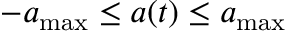
- a _ { \mathrm { m a x } } \leq a ( t ) \leq a _ { \mathrm { m a x } }